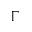
\Gamma